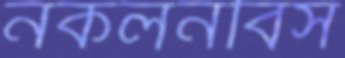
নকলনবিস